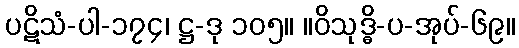
ပဋိသံ-ပါ-၁၇၄၊ ဋ္ဌ-ဒု ၁၀၅။ ။ဝိသုဒ္ဓိ-ပ-အုပ်-၆၉။